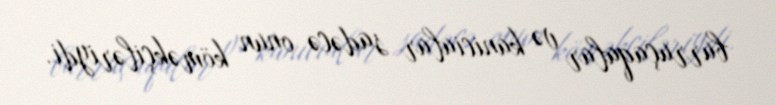
burruçaqalar və kanicialar sadəcə onun köməkçiləriydi.